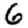
Digit: 6